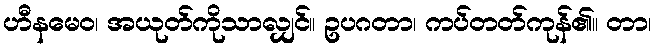
ဟီနမေဝ၊ အယုတ်ကိုသာလျှင်။ ဥပဂတာ၊ ကပ်တတ်ကုန်၏။ တာ၊